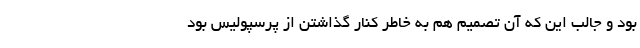
بود و جالب این که آن تصمیم هم به خاطر کنار گذاشتن از پرسپولیس بود